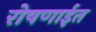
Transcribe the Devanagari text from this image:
रोषणाईत